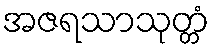
အဇရသာသုတ္တံ